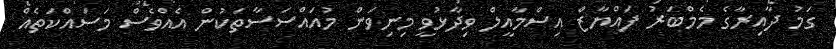
ގަމު ދާއިރާގެ މެމްބަރު ފައްޔާޒް އިސްމާއީލް ވިދާޅުވީ މިނިވަން މުއައްސަސާތަކުން އެއްވެސް މަސައްކަތެއް